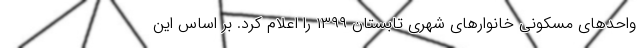
واحدهای مسکونی خانوارهای شهری تابستان ١٣٩٩ را اعلام کرد. بر اساس این